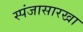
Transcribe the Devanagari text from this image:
स्पंजासारखा